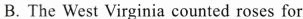
B. The West Virginia counted roses for